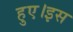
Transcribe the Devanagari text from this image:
हुए।इस